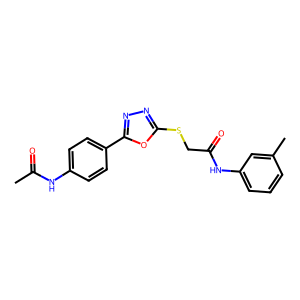
SMILES: CC(=O)Nc1ccc(-c2nnc(SCC(=O)Nc3cccc(C)c3)o2)cc1
Inhibits HIV replication: No